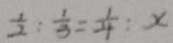
\frac { 1 } { 2 } : \frac { 1 } { 3 } = \frac { 1 } { 4 } : x